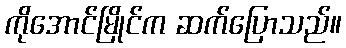
ကိုအောင်မြိုင်က ဆက်ပြောသည်။